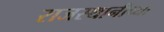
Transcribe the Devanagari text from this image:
राजस्थानीच्या